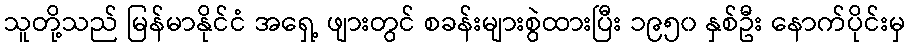
သူတို့သည် မြန်မာနိုင်ငံ အရှေ့ ဖျားတွင် စခန်းများစွဲထားပြီး ၁၉၅၀ နှစ်ဦး နောက်ပိုင်းမှ